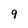
Character: 9